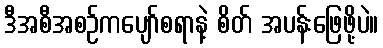
ဒီအစီအစဉ်ကပျော်စရာနဲ့ စိတ် အပန်းဖြေဖို့ပဲ။